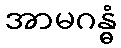
အာမဂန္ဓံ